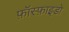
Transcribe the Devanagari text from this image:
फ़ॉस्फ़ाइडो